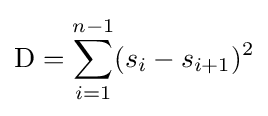
{\text{D}}=\sum _{i=1}^{n-1}(s_{i}-s_{i+1})^{2}